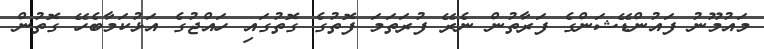
މައުމޫނު ފައުންޑޭޝަންގެ ފަރާތުން ނެރޭ ފުރަތަމަ ފޮތުގެ ގޮތުގައި ހައްޖުގެ އަޅުކަމާބެހޭ ގޮތުން